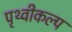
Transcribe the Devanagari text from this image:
पृथ्वीकल्प